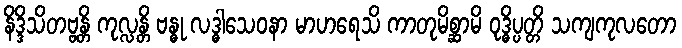
နိဒ္ဒိသိတဗ္ဗန္တိ ကုလ္လန္တိ ဗန္ဓု လဒ္ဓါသေဝနာ မာဟရေသိ ကာတုမိစ္ဆာမိ ဝုဒ္ဓိပ္ပတ္တိ သကျကုလတော